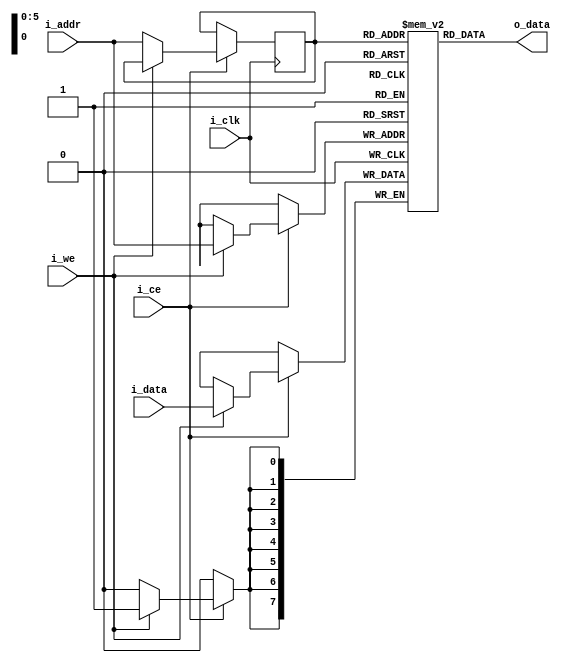
`timescale 1ns / 1ps

/*
64byte SingleRAM 
*/
module SingleRAM(
    input i_clk,
    input i_ce,
    input i_we, //read/write
    input [5:0] i_addr,
    input [7:0] i_data,

    output [7:0] o_data
    );

    reg [7:0] mem[0:63];        // memory 
    reg [5:0] r_addr;           //     
    //fpga  

    assign o_data = mem[r_addr];

    always @(posedge i_clk) begin
        if(i_ce) begin
            if(i_we) begin      //write
                mem[i_addr] <= i_data;
            end
            else begin
                r_addr <= i_addr;
            end
            // r_addr <= i_addr; //   
        end
        else begin    
        end
    end
endmodule